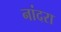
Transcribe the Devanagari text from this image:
नांदरा